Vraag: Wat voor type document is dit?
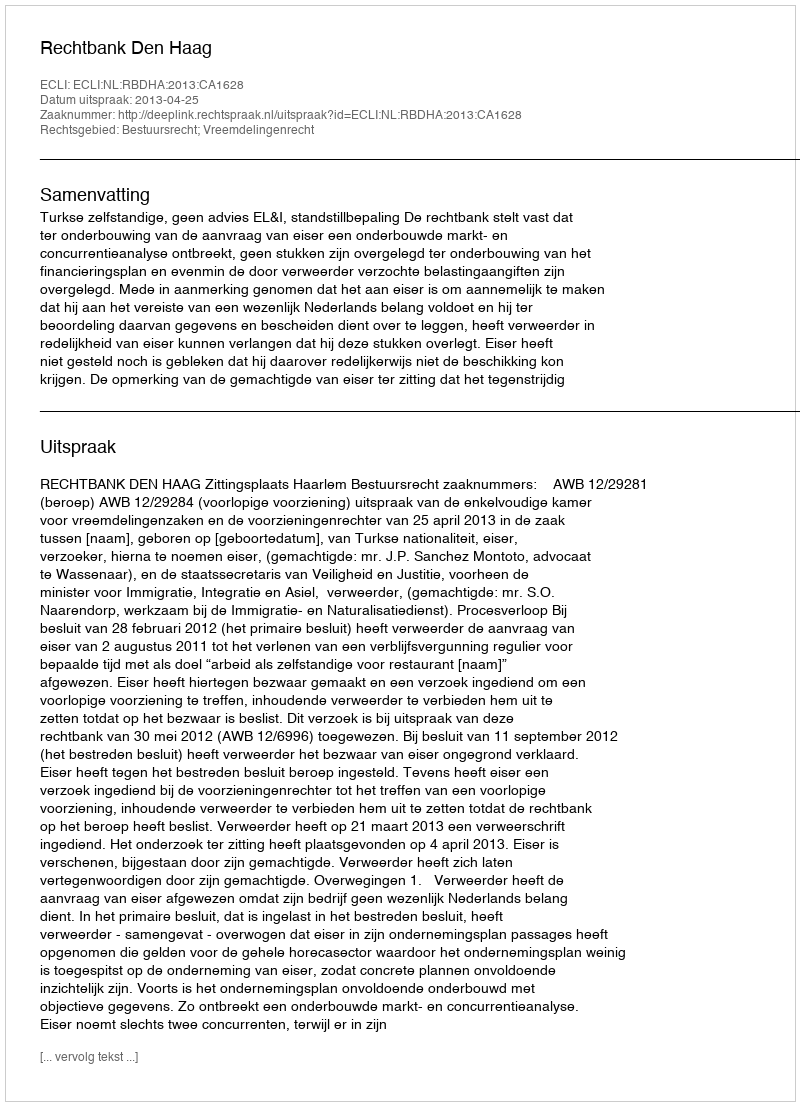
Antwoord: Uitspraak